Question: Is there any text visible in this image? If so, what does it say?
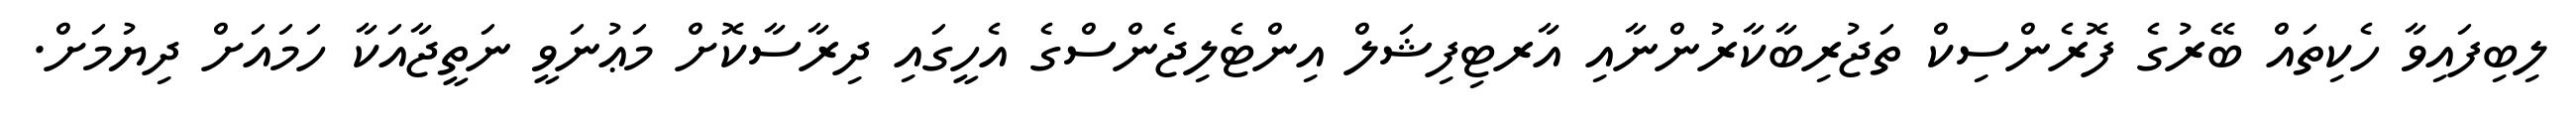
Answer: ލިބިފައިވާ ހެކިތައް ބޭރުގެ ފޮރެންސިކް ތަޖުރިބާކާރުންނާއި އާރޓިފިޝަލް އިންޓެލިޖެންސްގެ އެހީގައި ދިރާސާކޮށް މަޢުނަވީ ނަތީޖާއަކާ ހަމައަށް ދިޔުމަށް.